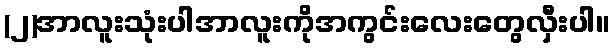
(၂)အာလူးသုံးပါအာလူးကိုအကွင်းလေးတွေလှီးပါ။